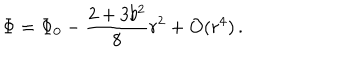
LaTeX: \Phi = \Phi _ { 0 } - \frac { 2 + 3 b ^ { 2 } } { 8 } r ^ { 2 } + { \cal O } ( r ^ { 4 } ) \, .